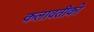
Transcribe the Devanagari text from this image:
कलावतीको